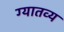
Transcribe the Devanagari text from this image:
ग्यातव्य